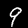
Label: 9